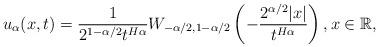
LaTeX: \begin{align*}u_{\alpha}(x,t)=\frac{1}{2^{1-\alpha/2}t^{H\alpha}}W_{-\alpha/2, 1-\alpha/2}\left(-\frac{2^{\alpha/2}|x|}{t^{H\alpha}}\right), x \in \mathbb{R},\end{align*}